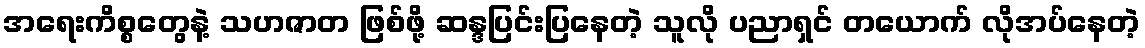
အရေးကိစ္စတွေနဲ့ သဟဇာတ ဖြစ်ဖို့ ဆန္ဒပြင်းပြနေတဲ့ သူလို ပညာရှင် တယောက် လိုအပ်နေတဲ့